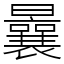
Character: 曩